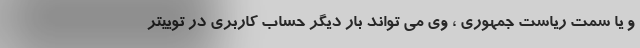
و یا سمت ریاست جمهوری ، وی می تواند بار دیگر حساب کاربری در توییتر